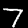
Digit: 7